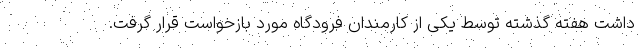
داشت هفته گذشته توسط یکی از کارمندان فرودگاه مورد بازخواست قرار گرفت.